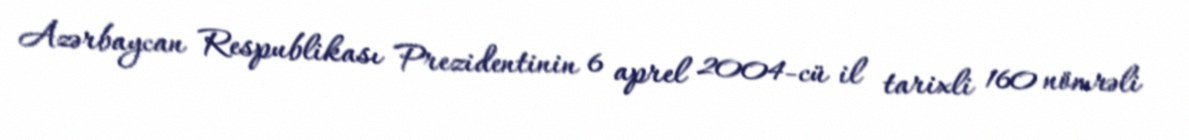
Azərbaycan Respublikası Prezidentinin 6 aprel 2004-cü il tarixli 160 nömrəli